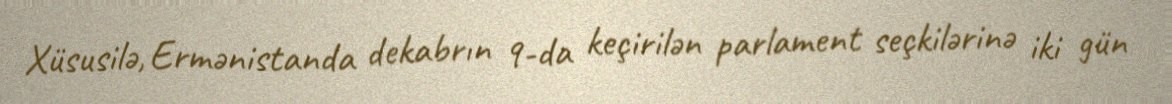
Xüsusilə, Ermənistanda dekabrın 9-da keçirilən parlament seçkilərinə iki gün